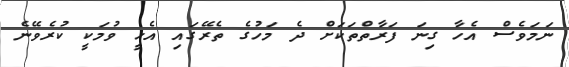
ނަމަވެސް އެހާ ގިނަ ފަރާތްތަކަށް ދެ މަހުގެ ތެރޭގައި އެހީ ވުމަކީ ކުރެވޭނެ